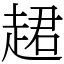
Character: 䞫